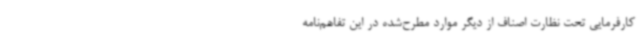
کارفرمایی تحت نظارت اصناف از دیگر موارد مطرح‌شده در این تفاهم‌نامه